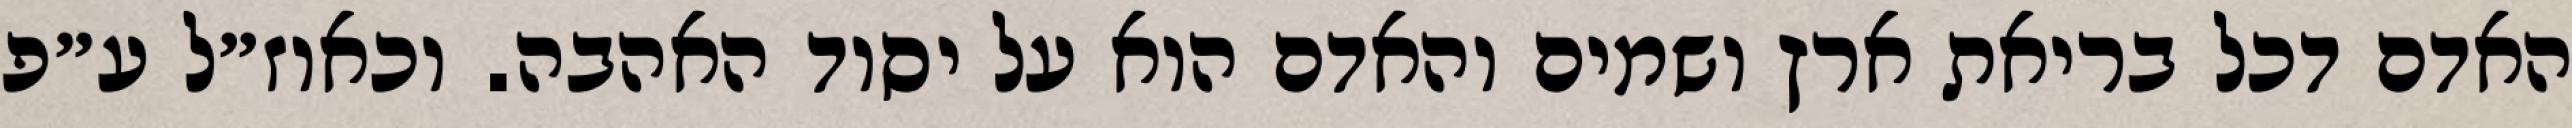
האדם דכל בריאת ארץ ושמים והאדם הוא על יסוד האהבה. וכאוז״ל ע״פ